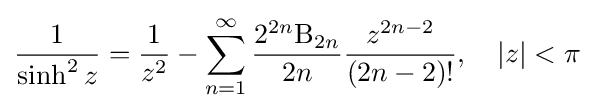
{\frac {1}{\sinh ^{2}z}}={\frac {1}{z^{2}}}-\sum _{n=1}^{\infty }{\frac {2^{2n}\mathrm {B} _{2n}}{2n}}{\frac {z^{2n-2}}{(2n-2)!}},\quad \left|z\right|<\pi